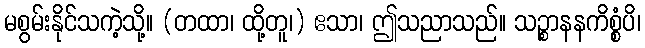
မစွမ်းနိုင်သကဲ့သို့။ (တထာ၊ ထို့တူ၊) ဧသာ၊ ဤသညာသည်။ သဉ္စာနနကိစ္စံပိ၊